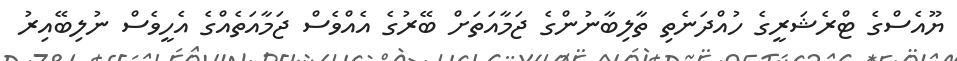
ޔޫއެސްގެ ޓްރެޝަރީގެ ހުއްދަނެތި ތާލިބާނުންގެ ޖަމާއަތަށް ބޭރުގެ އެއްވެސް ޖަމާއަތެއްގެ އެހީވެސް ނުލިބޭއިރު